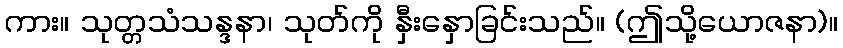
ကား။ သုတ္တသံသန္ဒနာ၊ သုတ်ကို နှီးနှောခြင်းသည်။ (ဤသို့ယောဇနာ)။